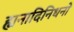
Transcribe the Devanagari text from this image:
ह्यनादिनिधनो